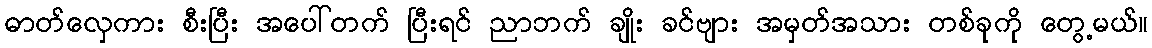
ဓာတ်လှေကား စီးပြီး အပေါ်တက် ပြီးရင် ညာဘက် ချိုး ခင်ဗျား အမှတ်အသား တစ်ခုကို တွေ့မယ်။